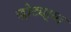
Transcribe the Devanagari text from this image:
छोट्या्या